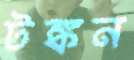
টঙ্কন